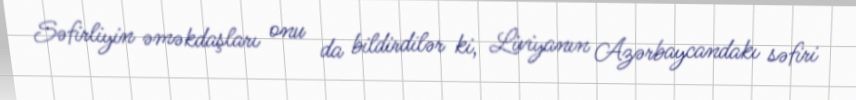
Səfirliyin əməkdaşları onu da bildirdilər ki, Liviyanın Azərbaycandakı səfiri